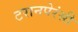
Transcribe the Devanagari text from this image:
टरानपेरंसी